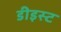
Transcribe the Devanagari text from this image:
डीइस्ट